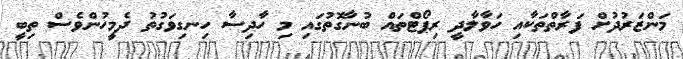
މަންޒަރުދުށް ފަރާތްތަކާއި ހަވާލާދީ ރިޕޯޓްތައް ބުނާގޮތުގައި މި ހާދިސާ ހިނގިވަގުތު ދެމީހުންވެސް ތިބީ